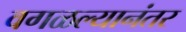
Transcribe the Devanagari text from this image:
वगळल्यानंतर